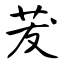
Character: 茇